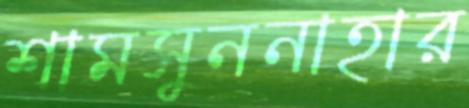
শামসুননাহার